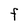
Character: F